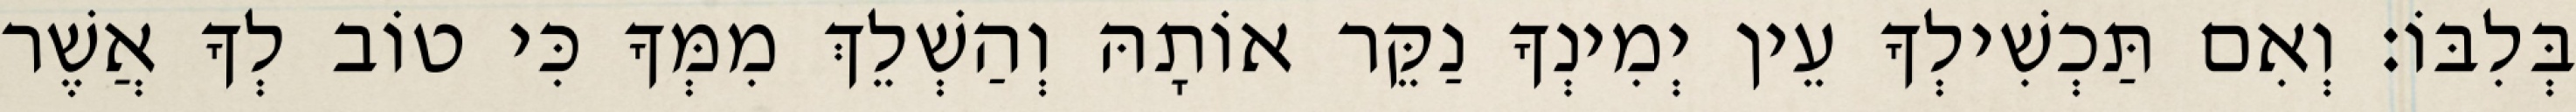
בְּלִבּוֹ׃ וְאִם תַּכְשִׁילְךָ עֵין יְמִינְךָ נַקֵּר אוֹתָהּ וְהַשְׁלֵךְ מִמְּךָ כִּי טוֹב לְךָ אֲשֶׁר